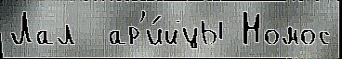
Лал  ар'и́йцы Номос